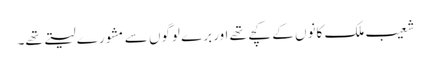
شعیب ملک کانوں کے کچے تھے اور برے لوگوں سے مشورے لیتے تھے۔